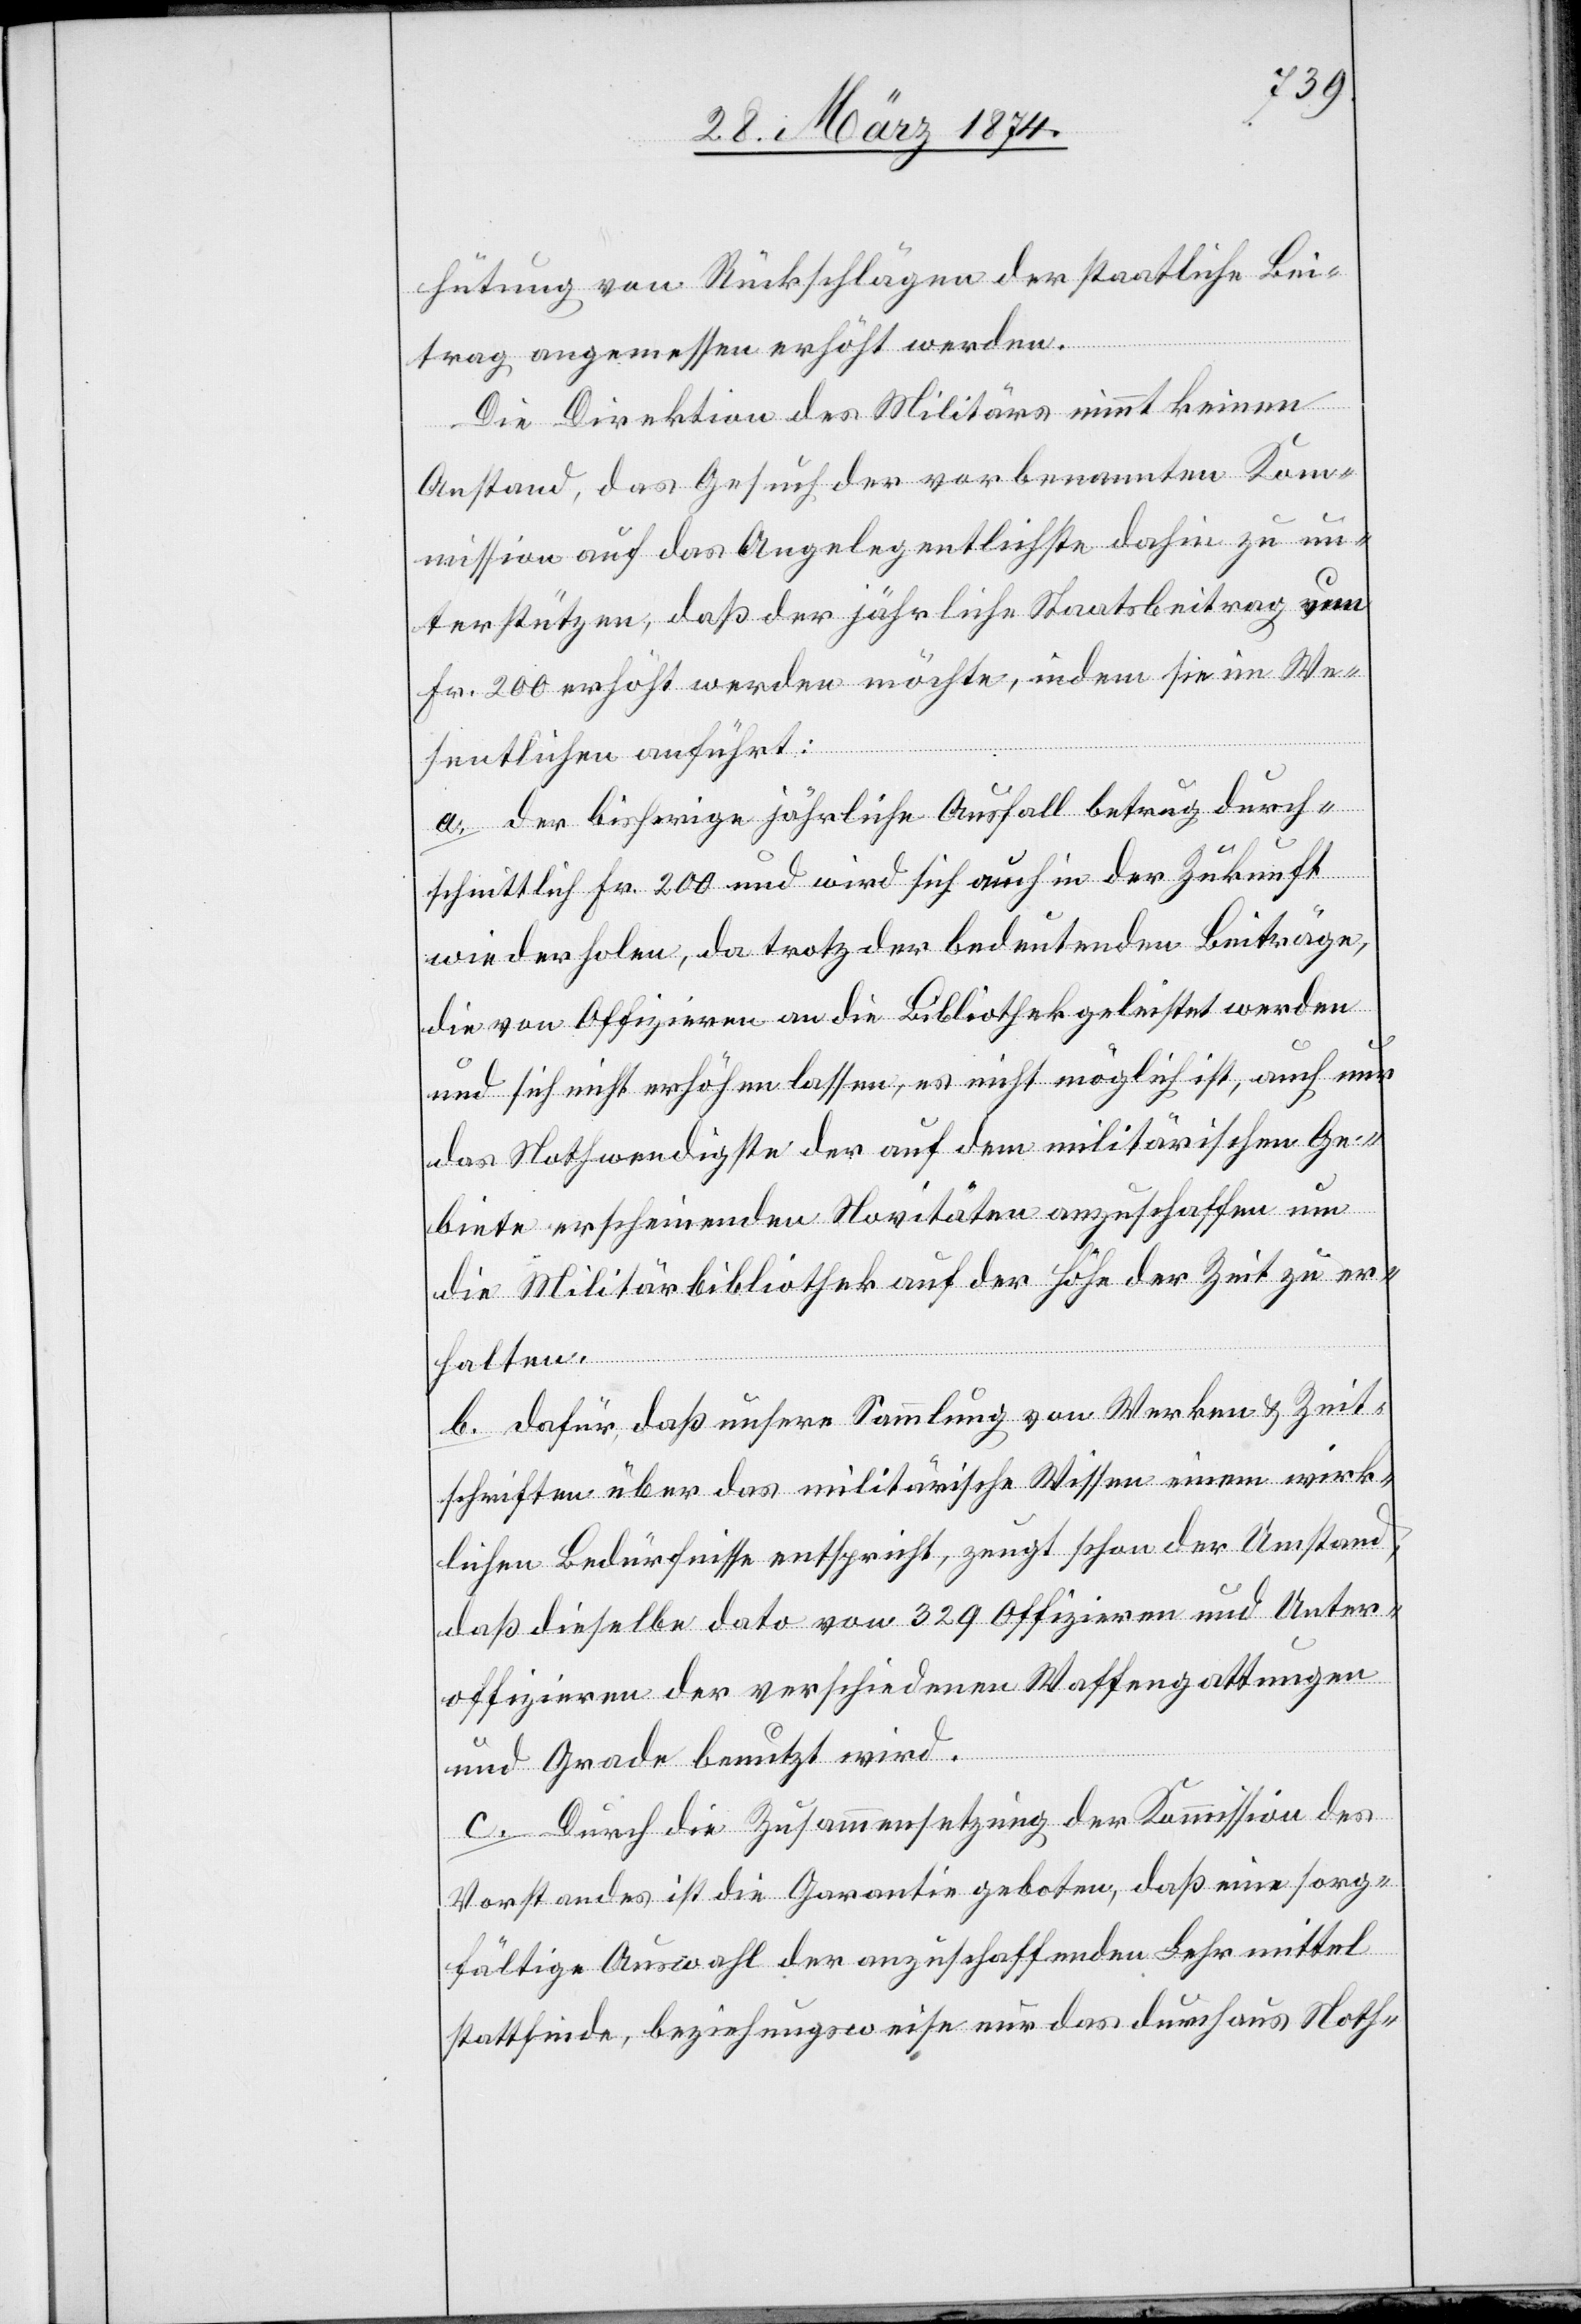
hütung von Rückschlägen der staatliche Bei¬
trag angemessen erhöht werden.
Die Direktion des Militärs nimmt keinen
Anstand, das Gesuch der vorbenannten Kom¬
mission auf das Angelegentlichste dahin zu un¬
terstützen, daß der jährliche Staatsbeitrag um
Fr. 200 erhöht werden möchte, indem sie im We¬
sentlichen anführt:
a. der bisherige jährliche Ausfall betrug durch¬
schnittlich Fr. 200 und wird sich auch in der Zukunft
wiederholen, da trotz der bedeutenden Beiträge,
die von Offizieren an die Bibliothek geleistet werden
und sich nicht erhöhen lassen, es nicht möglich ist, auch nur
das Nothwendigste der auf dem militärischen Ge¬
biete erscheinenden Novitäten anzuschaffen um
die Militärbibliothek auf der Höhe der Zeit zu er¬
halten.
b. dafür, daß unsere Sammlung von Werken u. Zeit¬
schriften über das militärische Wissen einem wirk¬
lichen Bedürfnisse entspricht, zeugt schon der Umstand,
daß dieselbe dato von 329 Offizieren und Unter¬
offizieren der verschiedenen Waffengattungen
und Grade benutzt wird.
c. Durch die Zusammensetzung der Kommission des
Vorstandes ist die Garantie geboten, daß eine sorg¬
fältige Auswahl der anzuschaffenden Lehrmittel
stattfinde, beziehungsweise nur das durchaus Noth-